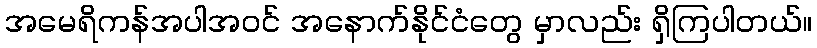
အမေရိကန်အပါအဝင် အနောက်နိုင်ငံတွေ မှာလည်း ရှိကြပါတယ်။